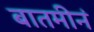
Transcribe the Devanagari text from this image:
बातमीनं